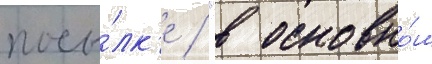
посы́лк'е / "в основно́м